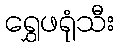
ရွှေဖရုံသီး